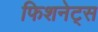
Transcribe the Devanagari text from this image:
फिशनेट्स